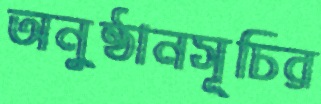
অনুষ্ঠানসূচির